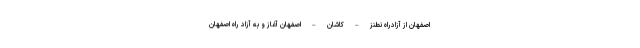
اصفهان از آزادراه نطنز – کاشان – اصفهان آغاز و به آزاد راه اصفهان